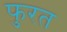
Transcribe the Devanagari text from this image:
फुरत